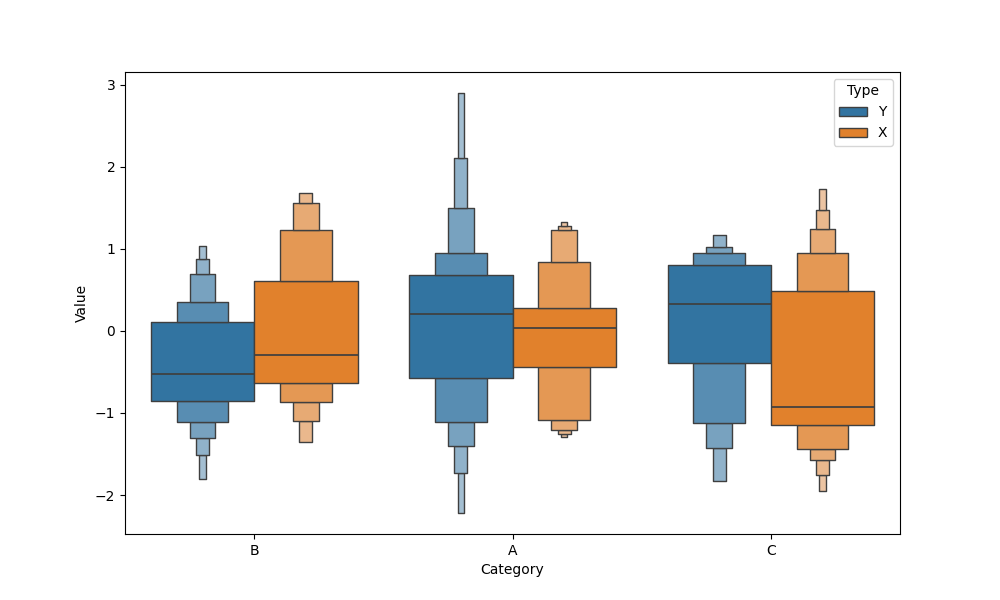
python, seaborn, boxenplot, k_depth='full', linewidth=1, scale='exponential', outlier_prop=0.1, showfliers=False